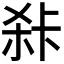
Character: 𭪍